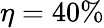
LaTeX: \eta=40\%